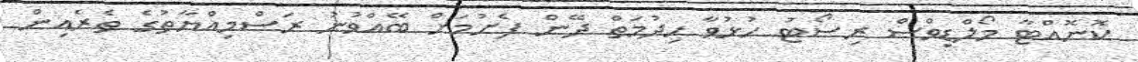
ކޮނޮއްޓާ މޯލްޑިވްސް ރިސޯޓު ހުޅުވާ ހިދުމަތް ދޭން ފެށުމަށް ބޭއްވުނު ރަސްމިއްޔާތުގެ ތެރެއިން